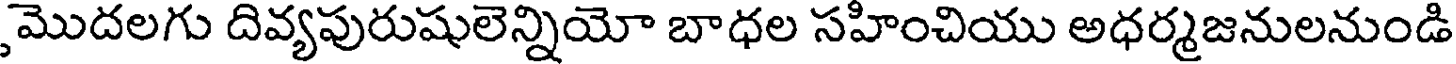
మొదలగు దివ్యపురుషులెన్నియో బాధల సహించియు అధర్మజనులనుండి